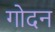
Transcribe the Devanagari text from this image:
गोदन